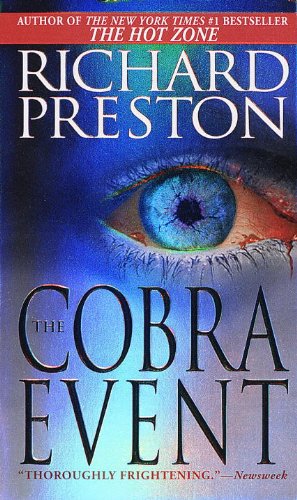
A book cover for The Cobra Event; Richard Preston; Mystery, Thriller & Suspense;